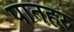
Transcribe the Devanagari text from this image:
पातहरु